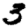
Digit: 3